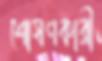
শোষণকারী